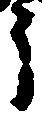
う